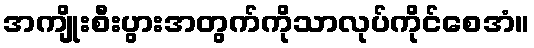
အကျိုးစီးပွားအတွက်ကိုသာလုပ်ကိုင်စေအံ။